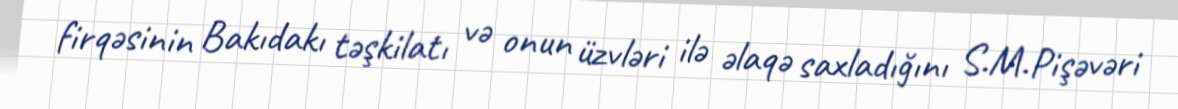
firqəsinin Bakıdakı təşkilatı və onun üzvləri ilə əlaqə saxladığını S.M.Pişəvəri